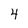
Character: 4